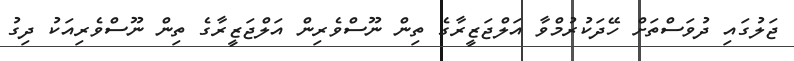
ޖަލުގައި ދުވަސްތަށް ހޭދަކުރުމްވާ އަލްޖަޒީރާގެ ތިން ނޫސްވެރިން އަލްޖަޒީރާގެ ތިން ނޫސްވެރިއަކު ދިގު